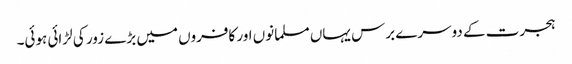
ہجرت کے دوسرے برس یہاں مسلمانوں اور کافروں میں بڑے زور کی لڑائی ہوئی۔